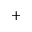
+